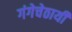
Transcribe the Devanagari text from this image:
गंगेचेठायीं